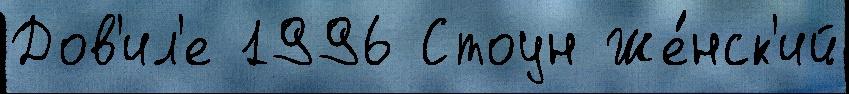
Дов'ил'е 1996 Стоун Же́нск'ий